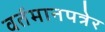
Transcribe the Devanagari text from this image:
वर्तमानपत्रेर